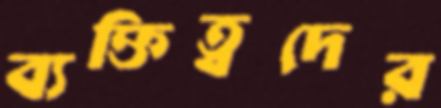
ব্যক্তিত্বদের